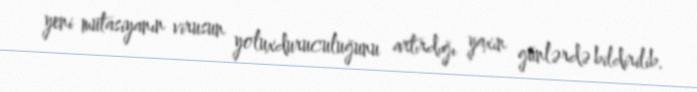
yeni mutasiyanın virusun yoluxduruculuğunu artırdığı yaxın günlərdə bildirilib.